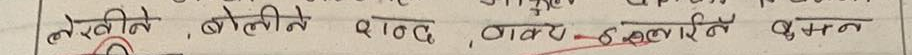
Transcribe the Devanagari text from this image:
तेस्तीने, बोल्तीने, शब्द, नाठए कोल्ती वदन